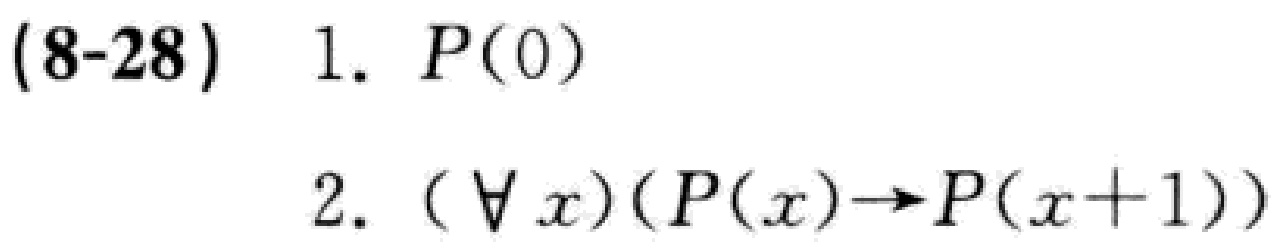
(8-28) 1. \(P(0)\)

2. \((\forall x)(P(x)\to P(x + 1))\)